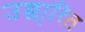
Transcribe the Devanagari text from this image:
उच्चा्रित